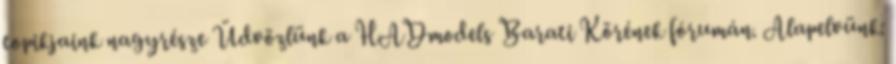
topikjaink nagyrésze Üdvözlünk a HADmodels Barati Körének fórumán. Alapelvünk: